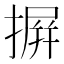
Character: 摒